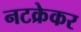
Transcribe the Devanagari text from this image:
नटक्रेकर